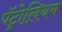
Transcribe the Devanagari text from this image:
पॅट्रोलियम